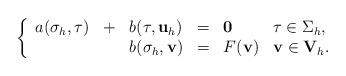
LaTeX: \begin{align*}\left\{ \begin{array}{llllll} a(\mathbf \sigma_h,\mathbf\tau) & + & b(\mathbf\tau,\mathbf u_h) & = & \mathbf 0 & \mathbf\tau\in\Sigma_h,\\& & b(\mathbf\sigma_h,\mathbf v) & = & F(\mathbf v) & \mathbf v\in\mathbf V_h. \end{array} \right.\end{align*}